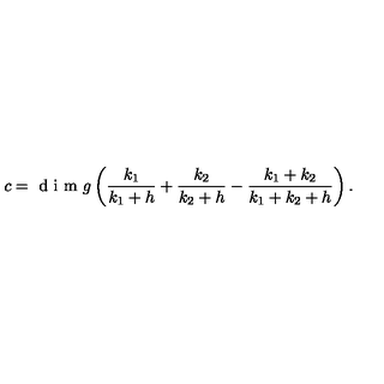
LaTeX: c = \textrm { d i m } g \left( \frac { k _ { 1 } } { k _ { 1 } + h } + \frac { k _ { 2 } } { k _ { 2 } + h } - \frac { k _ { 1 } + k _ { 2 } } { k _ { 1 } + k _ { 2 } + h } \right) .